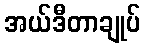
အယ်ဒီတာချုပ်